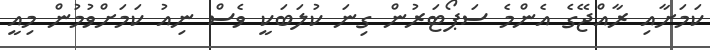
ކަމަށާއި ރާއްޖޭގެ އެންމެ ސަޕޯޓަރުން ގިނަ ކުލަބަކީ ވެސް ނިއު ކަމަށްވުމުން މިއީ